Civil Veterinary Department. Madras. Admin. report 1926-33 - 1926-1933
Year: 1926
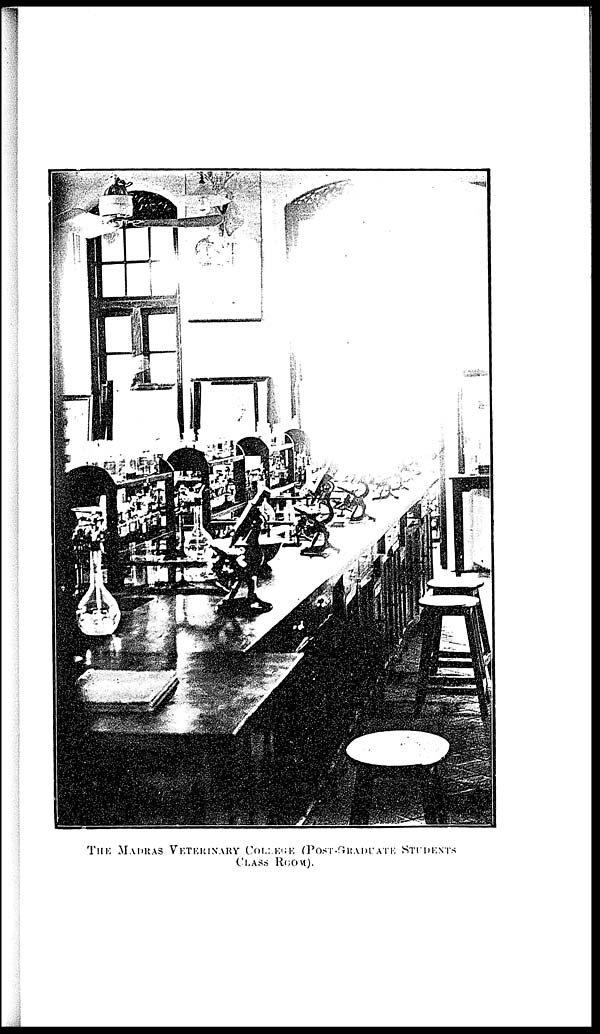
THE
MADRAS VETERINARY COLLEGE
(POST-GRADUATE STUDENTS
CLASS ROOM).